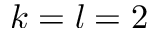
k = l = 2